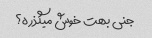
جنی بهت خوش میگذره؟